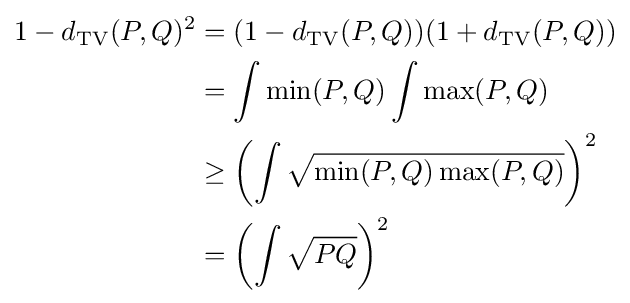
{\begin{aligned}1-d_{\mathrm {TV} }(P,Q)^{2}&=(1-d_{\mathrm {TV} }(P,Q))(1+d_{\mathrm {TV} }(P,Q))\\&=\int \min(P,Q)\int \max(P,Q)\\&\geq \left(\int {\sqrt {\min(P,Q)\max(P,Q)}}\right)^{2}\\&=\left(\int {\sqrt {PQ}}\right)^{2}\end{aligned}}